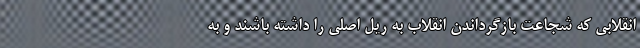
انقلابی که شجاعت بازگرداندن انقلاب به ریل اصلی را داشته باشند و به